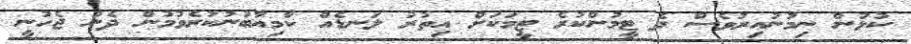
ކުޅުން ނިމުނުއިރުވެސް ދެ ޓީމުންކުރެ ޓީމަކަށް އިތުރު ލަނޑެއް ކާމިޔާބުނުކުރެވުމުން ދެން ޖެހުނީ